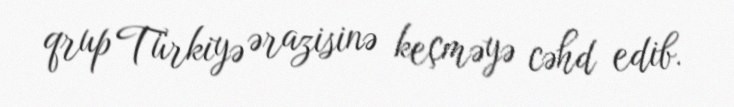
qrup Türkiyə ərazisinə keçməyə cəhd edib.